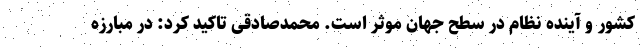
کشور و آینده نظام در سطح جهان موثر است. محمدصادقی تاکید کرد: در مبارزه